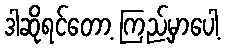
ဒါဆိုရင်တော့ ကြည့်မှာပေါ့